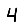
Digit: 4